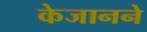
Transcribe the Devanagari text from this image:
केजानने